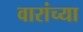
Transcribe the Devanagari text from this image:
वारांच्या